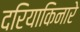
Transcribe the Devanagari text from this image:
दरियाकिनारे